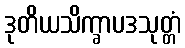
ဒုတိယသိက္ခာပဒသုတ္တံ